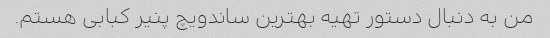
من به دنبال دستور تهیه بهترین ساندویچ پنیر کبابی هستم.